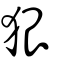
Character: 狠